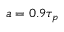
a = 0 . 9 \tau _ { p }